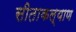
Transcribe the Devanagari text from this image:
सीताकल्याण